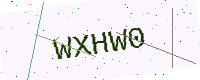
Text: WXHW0